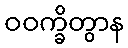
ဝဝက္ခိတွာန